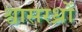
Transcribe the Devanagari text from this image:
श्वासरध्राें